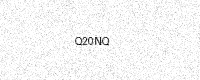
Text: Q20NQ